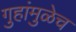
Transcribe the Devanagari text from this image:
गुहांमुळेच